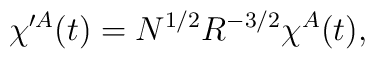
\chi^{\prime A} (t) = N^{1/2} R^{-3/2} \chi^A (t),